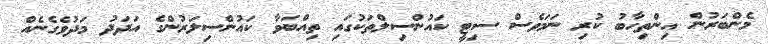
މެންބަރުން އިންތިހާބު ކުރި ނަމަވެސް ސިޓީ ކައުންސިލްތަކުގައި ތިއްބަވާ ކައުންސިލަރުންގެ އަދަދު މަދުވެގެނެއް